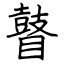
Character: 瞽